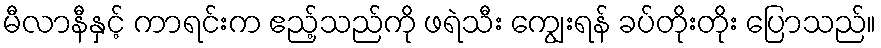
မီလာနီနှင့် ကာရင်းက ဧည့်သည်ကို ဖရဲသီး ကျွေးရန် ခပ်တိုးတိုး ပြောသည်။